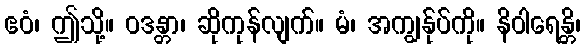
ဧဝံ၊ ဤသို့။ ဝဒန္တာ၊ ဆိုကုန်လျက်။ မံ၊ အကျွန်ုပ်ကို။ နိဝါရေန္တိ၊